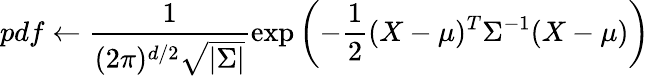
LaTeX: pdf\leftarrow\frac{1}{(2\pi)^{d/2}\sqrt{|\Sigma|}}\exp\left(-\frac{1}{2}(X-\mu)^{T}\Sigma^{-1}(X-\mu)\right)